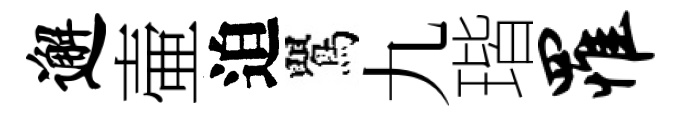
邂壷迫鸎九瑎罹